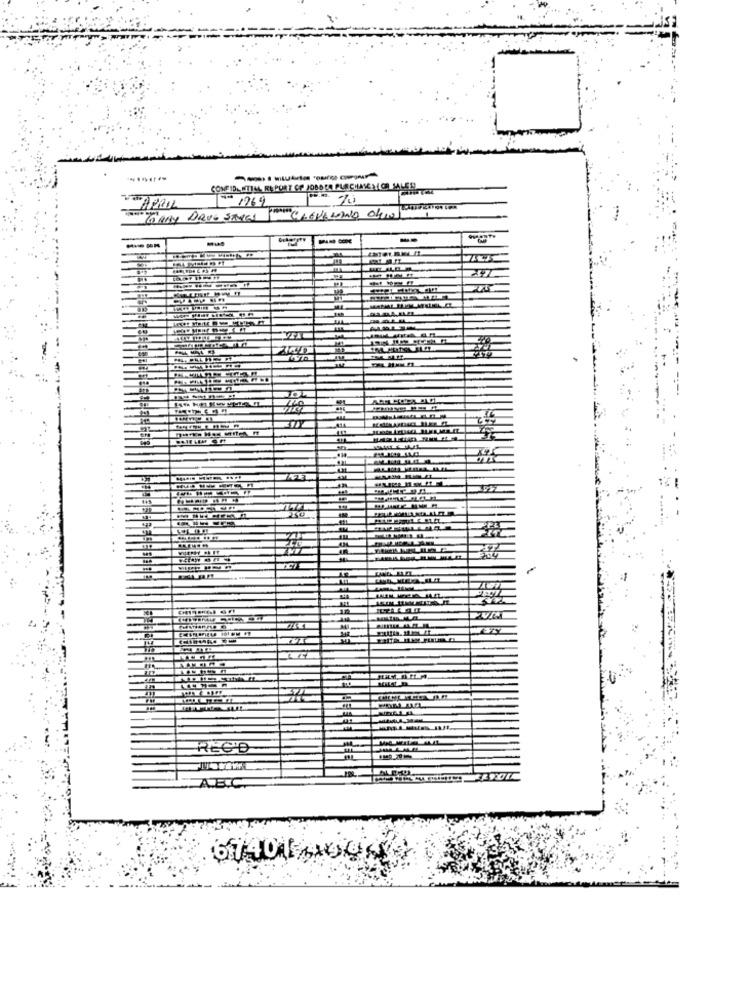
------
Nº1969
TOANY DRUG STORES I'M CLEVELAND OLIN
49
ـبيسبـ
REC'D
ABC